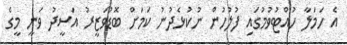
އެ ހަމަލާ ހުއްޓުވުމުގައި ފުލުހުން ނުކުޅެދުނު ކަމަށް ބޮޑުވަޒީރު އަސީދު ވަނީ މީގެ